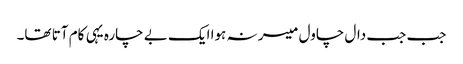
جب جب دال چاول میسر نہ ہوا ایک بے چارہ یہی کام آتا تھا۔